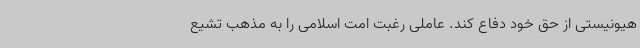
هیونیستی از حق خود دفاع کند. عاملی رغبت امت اسلامی را به مذهب تشیع